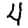
Digit: 4